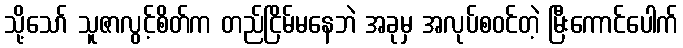
သို့သော် သူဇာလွင့်စိတ်က တည်ငြိမ်မနေဘဲ အခုမှ အလုပ်စဝင်တဲ့ မြီးကောင်ပေါက်